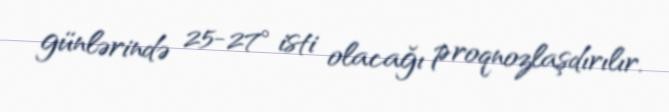
günlərində 25-27° isti olacağı proqnozlaşdırılır.